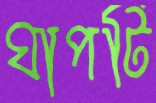
ঘাপটি